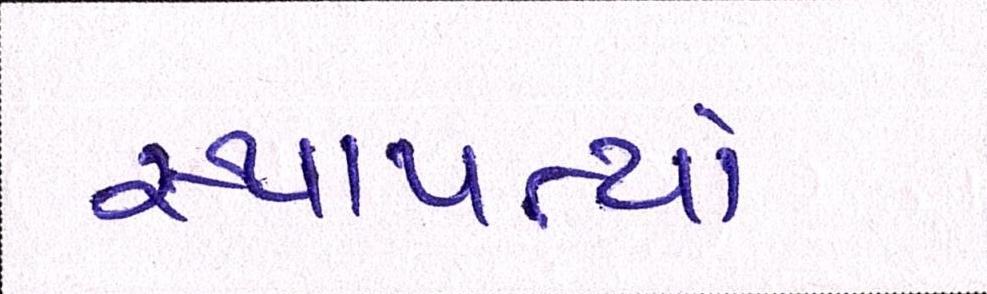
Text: સ્થાપત્યો